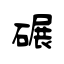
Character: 碾